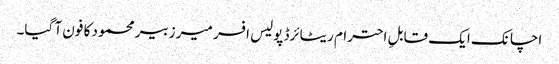
اچانک ایک قابلِ احترام ریٹائرڈ پولیس افسر میر زبیر محمود کا فون آ گیا۔